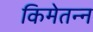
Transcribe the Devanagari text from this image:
किमेतन्न